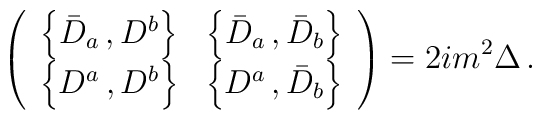
\left(\begin{array}{cc}\left\{\bar D_a\, , D^b\right\} & \left\{\bar D_{a}\, , \bar D_{b} \right\}\\\left\{D^a\, , D^b \right\} & \left\{D^a\, , \bar D_b\right\}\end{array}\right) =2im^2 \Delta \,  .